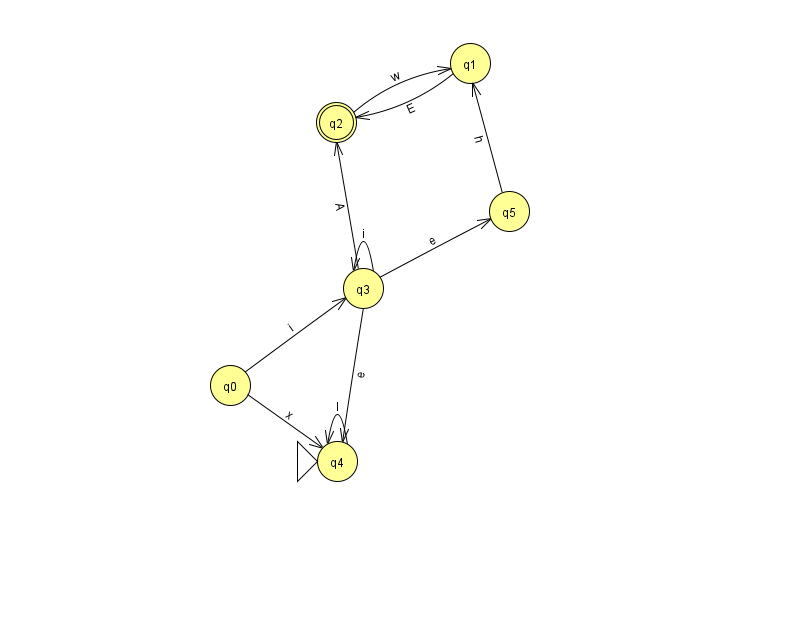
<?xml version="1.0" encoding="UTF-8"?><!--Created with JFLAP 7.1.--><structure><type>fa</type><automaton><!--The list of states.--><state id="0" name="q0"><x>230.0</x><y>372.0</y></state><state id="1" name="q1"><x>470.0</x><y>50.0</y></state><state id="2" name="q2"><x>336.0</x><y>109.0</y><final/></state><state id="3" name="q3"><x>363.0</x><y>275.0</y></state><state id="4" name="q4"><x>337.0</x><y>448.0</y><initial/></state><state id="5" name="q5"><x>509.0</x><y>198.0</y></state><!--The list of transitions.--><transition><from>2</from><to>1</to><read>w</read></transition><transition><from>0</from><to>4</to><read>x</read></transition><transition><from>1</from><to>2</to><read>E</read></transition><transition><from>3</from><to>2</to><read>A</read></transition><transition><from>5</from><to>1</to><read>h</read></transition><transition><from>3</from><to>4</to><read>e</read></transition><transition><from>3</from><to>3</to><read>i</read></transition><transition><from>3</from><to>5</to><read>e</read></transition><transition><from>4</from><to>4</to><read>l</read></transition><transition><from>0</from><to>3</to><read>i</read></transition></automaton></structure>